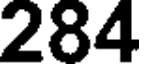
284